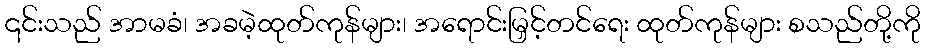
၎င်းသည် အာမခံ၊ အခမဲ့ထုတ်ကုန်များ၊ အရောင်းမြှင့်တင်ရေး ထုတ်ကုန်များ စသည်တို့ကို